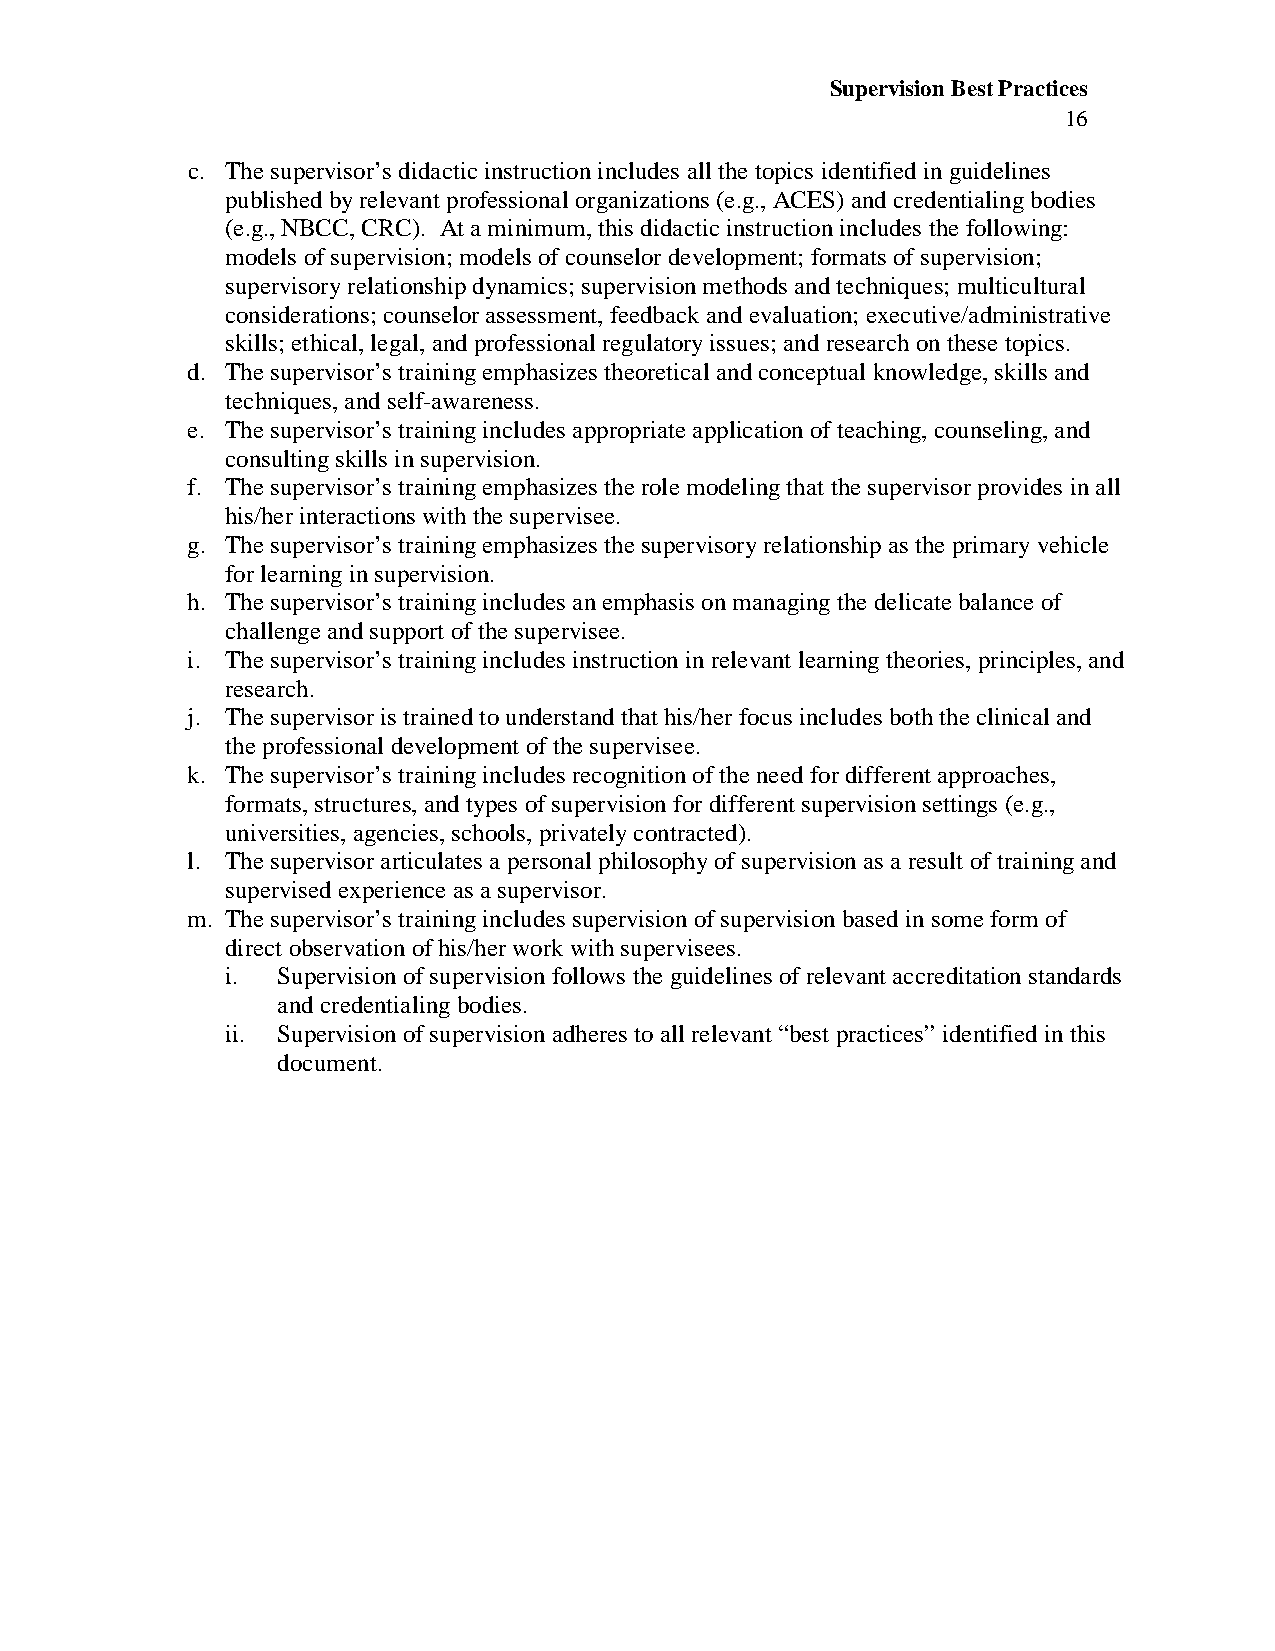
Supervision Best Practices
 16
 c. The supervisor’s didactic instruction includes all the topics identified in guidelines
 published by relevant professional organizations (e.g., ACES) and credentialing bodies
 (e.g., NBCC, CRC). At a minimum, this didactic instruction includes the following:
 models of supervision; models of counselor development; formats of supervision;
 supervisory relationship dynamics; supervision methods and techniques; multicultural
 considerations; counselor assessment, feedback and evaluation; executive/administrative
 skills; ethical, legal, and professional regulatory issues; and research on these topics.
 d. The supervisor’s training emphasizes theoretical and conceptual knowledge, skills and
 techniques, and self-awareness.
 e. The supervisor’s training includes appropriate application of teaching, counseling, and
 consulting skills in supervision.
 f. The supervisor’s training emphasizes the role modeling that the supervisor provides in all
 his/her interactions with the supervisee.
 g. The supervisor’s training emphasizes the supervisory relationship as the primary vehicle
 for learning in supervision.
 h. The supervisor’s training includes an emphasis on managing the delicate balance of
 challenge and support of the supervisee.
 i. The supervisor’s training includes instruction in relevant learning theories, principles, and
 research.
 j. The supervisor is trained to understand that his/her focus includes both the clinical and
 the professional development of the supervisee.
 k. The supervisor’s training includes recognition of the need for different approaches,
 formats, structures, and types of supervision for different supervision settings (e.g.,
 universities, agencies, schools, privately contracted).
 l. The supervisor articulates a personal philosophy of supervision as a result of training and
 supervised experience as a supervisor.
 m. The supervisor’s training includes supervision of supervision based in some form of
 direct observation of his/her work with supervisees.
 i. Supervision of supervision follows the guidelines of relevant accreditation standards
 and credentialing bodies.
 ii. Supervision of supervision adheres to all relevant “best practices” identified in this
 document.